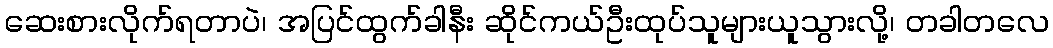
ဆေးစားလိုက်ရတာပဲ၊ အပြင်ထွက်ခါနီး ဆိုင်ကယ်ဦးထုပ်သူများယူသွားလို့၊ တခါတလေ